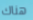
هناك